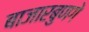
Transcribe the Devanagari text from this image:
बाजारबुणगे